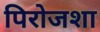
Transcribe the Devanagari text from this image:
पिरोजशा